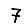
Digit: 7